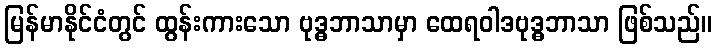
မြန်မာနိုင်ငံတွင် ထွန်းကားသော ဗုဒ္ဓဘာသာမှာ ထေရဝါဒဗုဒ္ဓဘာသာ ဖြစ်သည်။